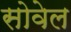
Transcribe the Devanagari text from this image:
सोवेल